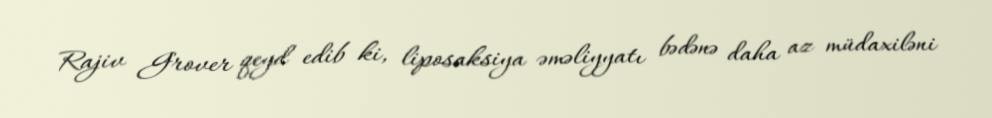
Rajiv Grover qeyd edib ki, liposaksiya əməliyyatı bədənə daha az müdaxiləni